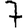
Digit: 7